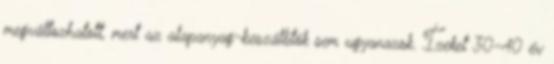
megváltozhatott, mert az alapanyag-beszállítók sem ugyanazok. Ízeket 30-40 év